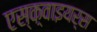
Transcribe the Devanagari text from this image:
एस्क़्वाइयर्स